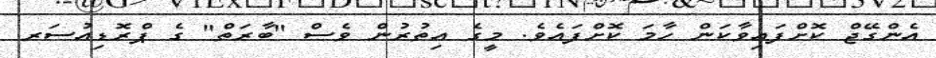
އެންގޭޖް ކޮށްފައިވާކަން ހާމަ ކޮށްފައެވެ. މީގެ އިތުރުން ވެސް "ބާރަތް" ގެ ޕްރޮޑިއުސަރ